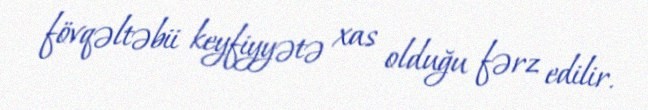
fövqəltəbii keyfiyyətə xas olduğu fərz edilir.